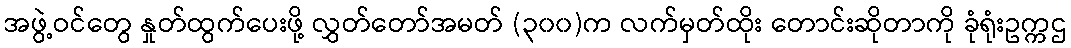
အဖွဲ့ဝင်တွေ နှုတ်ထွက်ပေးဖို့ လွှတ်တော်အမတ် (၃၀၀)က လက်မှတ်ထိုး တောင်းဆိုတာကို ခုံရုံးဥက္ကဌ